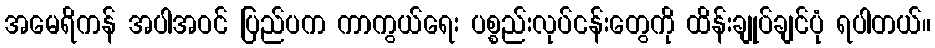
အမေရိကန် အပါအဝင် ပြည်ပက ကာကွယ်ရေး ပစ္စည်းလုပ်ငန်းတွေကို ထိန်းချုပ်ချင်ပုံ ရပါတယ်။